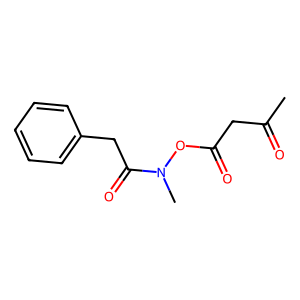
SMILES: CC(=O)CC(=O)ON(C)C(=O)Cc1ccccc1
Inhibits HIV replication: No